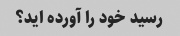
رسید خود را آورده اید؟